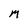
Character: M